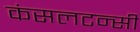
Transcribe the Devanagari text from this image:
कंसलटन्सी